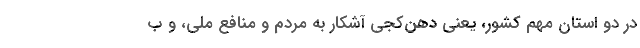
در دو استان مهم کشور، یعنی دهن‌کجی آشکار به مردم و منافع ملی، و ب